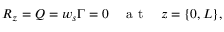
R _ { z } = Q = w _ { s } \Gamma = 0 \quad \mathrm { ~ a ~ t ~ } \quad z = \{ 0 , L \} ,